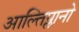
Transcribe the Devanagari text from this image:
आल्तिप्लानो